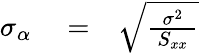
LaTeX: \begin{array}{rlr}{\sigma_{\alpha}}&{{}=}&{\sqrt{\frac{\sigma^{2}}{\, S_{xx}\ }}}\end{array}